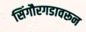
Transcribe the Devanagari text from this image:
सिंगौरगडावरून